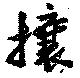
攘